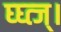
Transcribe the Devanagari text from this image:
घ्घ्त्ज्।